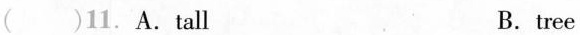
()11.A.tall B.tree